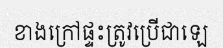
ខាងក្រៅផ្ទះត្រូវប្រើជាឡេ